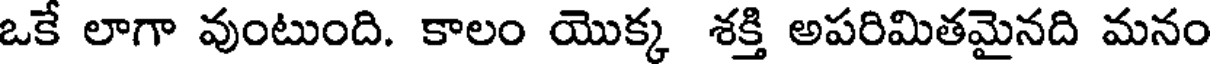
ఒకే లాగా వుంటుంది. కాలం యొక్క శక్తి అపరిమితమైనది మనం